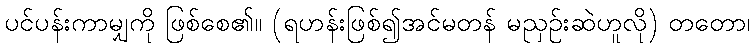
ပင်ပန်းကာမျှကို ဖြစ်စေ၏။ (ရဟန်းဖြစ်၍အင်မတန် မညှဉ်းဆဲဟူလို) တတော၊